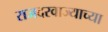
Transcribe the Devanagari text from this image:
राजदरवाज्याच्या